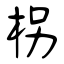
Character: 枴